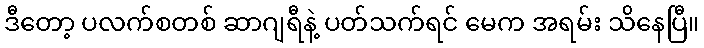
ဒီတော့ ပလက်စတစ် ဆာဂျရီနဲ့ ပတ်သက်ရင် မေက အရမ်း သိနေပြီ။